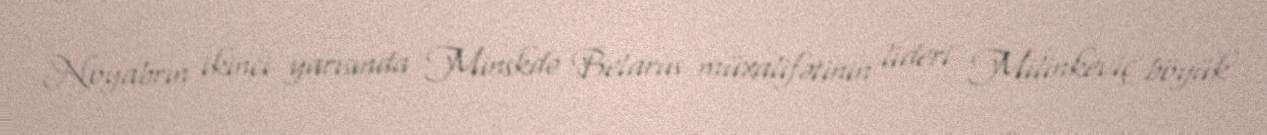
Noyabrın ikinci yarısında Minskdə Belarus müxalifətinin lideri Milinkeviç böyük